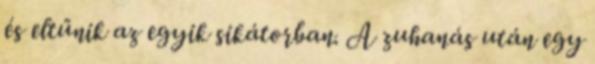
és eltűnik az egyik sikátorban. A zuhanás után egy